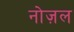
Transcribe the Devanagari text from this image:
नोज़ल